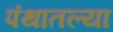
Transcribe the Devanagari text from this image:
पंथातल्या